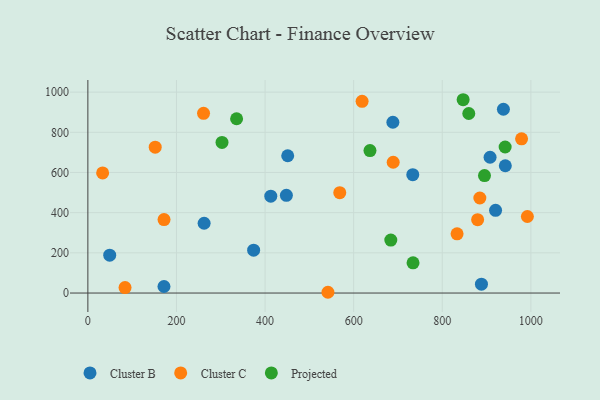
{"axis": {"x": "Distance", "y": "Exam Score"}, "legend": ["Cluster B", "Cluster C", "Projected"], "data": [{"x": "374.2", "y": 213.5, "type": "Cluster B"}, {"x": "920.3", "y": 411.5, "type": "Cluster B"}, {"x": "451.1", "y": 683.3, "type": "Cluster B"}, {"x": "733.4", "y": 588.9, "type": "Cluster B"}, {"x": "448.1", "y": 486.1, "type": "Cluster B"}, {"x": "938.0", "y": 914.8, "type": "Cluster B"}, {"x": "907.9", "y": 675.9, "type": "Cluster B"}, {"x": "688.5", "y": 849.9, "type": "Cluster B"}, {"x": "171.8", "y": 32.5, "type": "Cluster B"}, {"x": "262.4", "y": 347.3, "type": "Cluster B"}, {"x": "942.3", "y": 633.6, "type": "Cluster B"}, {"x": "412.9", "y": 482.3, "type": "Cluster B"}, {"x": "49.3", "y": 188.4, "type": "Cluster B"}, {"x": "888.4", "y": 44.0, "type": "Cluster B"}, {"x": "992.1", "y": 380.8, "type": "Cluster C"}, {"x": "541.9", "y": 3.8, "type": "Cluster C"}, {"x": "879.8", "y": 365.3, "type": "Cluster C"}, {"x": "833.4", "y": 294.6, "type": "Cluster C"}, {"x": "689.2", "y": 650.9, "type": "Cluster C"}, {"x": "619.0", "y": 954.2, "type": "Cluster C"}, {"x": "568.6", "y": 499.7, "type": "Cluster C"}, {"x": "152.0", "y": 725.9, "type": "Cluster C"}, {"x": "33.3", "y": 597.9, "type": "Cluster C"}, {"x": "83.9", "y": 27.2, "type": "Cluster C"}, {"x": "884.8", "y": 473.1, "type": "Cluster C"}, {"x": "261.1", "y": 894.4, "type": "Cluster C"}, {"x": "171.9", "y": 365.8, "type": "Cluster C"}, {"x": "979.0", "y": 767.6, "type": "Cluster C"}, {"x": "734.0", "y": 150.3, "type": "Projected"}, {"x": "636.8", "y": 709.1, "type": "Projected"}, {"x": "859.8", "y": 893.6, "type": "Projected"}, {"x": "895.3", "y": 584.7, "type": "Projected"}, {"x": "335.7", "y": 867.4, "type": "Projected"}, {"x": "683.8", "y": 263.5, "type": "Projected"}, {"x": "847.1", "y": 962.1, "type": "Projected"}, {"x": "941.9", "y": 726.9, "type": "Projected"}, {"x": "302.8", "y": 749.8, "type": "Projected"}]}